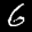
Label: 6